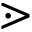
\gtrdot